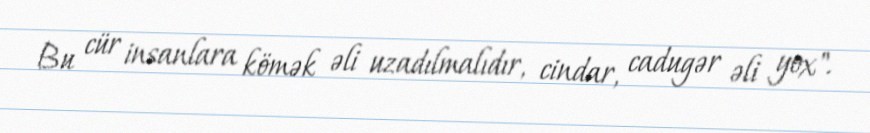
Bu cür insanlara kömək əli uzadılmalıdır, cindar, cadugər əli yox".